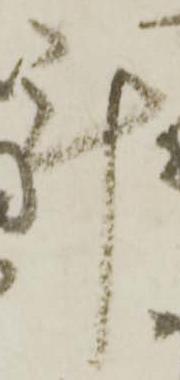
計